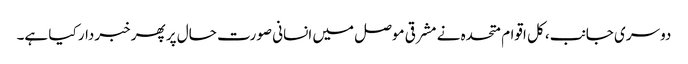
دوسری جانب، کل اقوام متحدہ نے مشرقی موصل میں انسانی صورت حال پر پھر خبردار کیا ہے۔